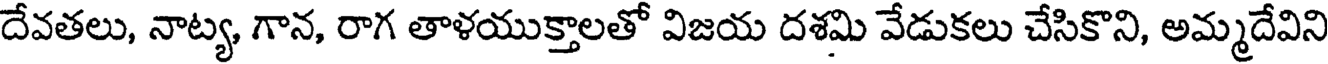
దేవతలు, నాట్య, గాన, రాగ తాళయుక్తాలతో విజయ దశమి వేడుకలు చేసికొని, అమ్మదేవిని